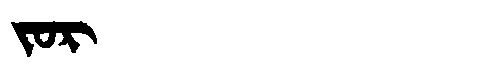
Manchu: ᠵᠣᡵ
Romanization: JOR